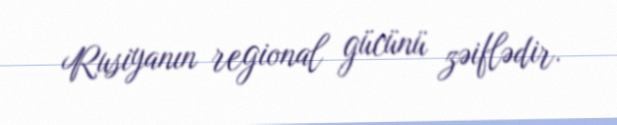
Rusiyanın regional gücünü zəiflədir.